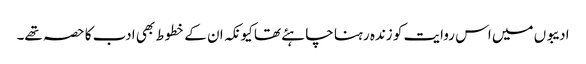
ادیبوں میں اس روایت کو زندہ رہنا چاہئے تھا کیونکہ ان کے خطوط بھی ادب کا حصہ تھے۔